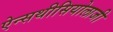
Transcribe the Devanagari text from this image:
ऐन्सथीसियोलाजी